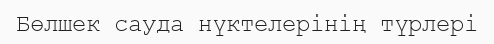
Бөлшек сауда нүктелерінің түрлері